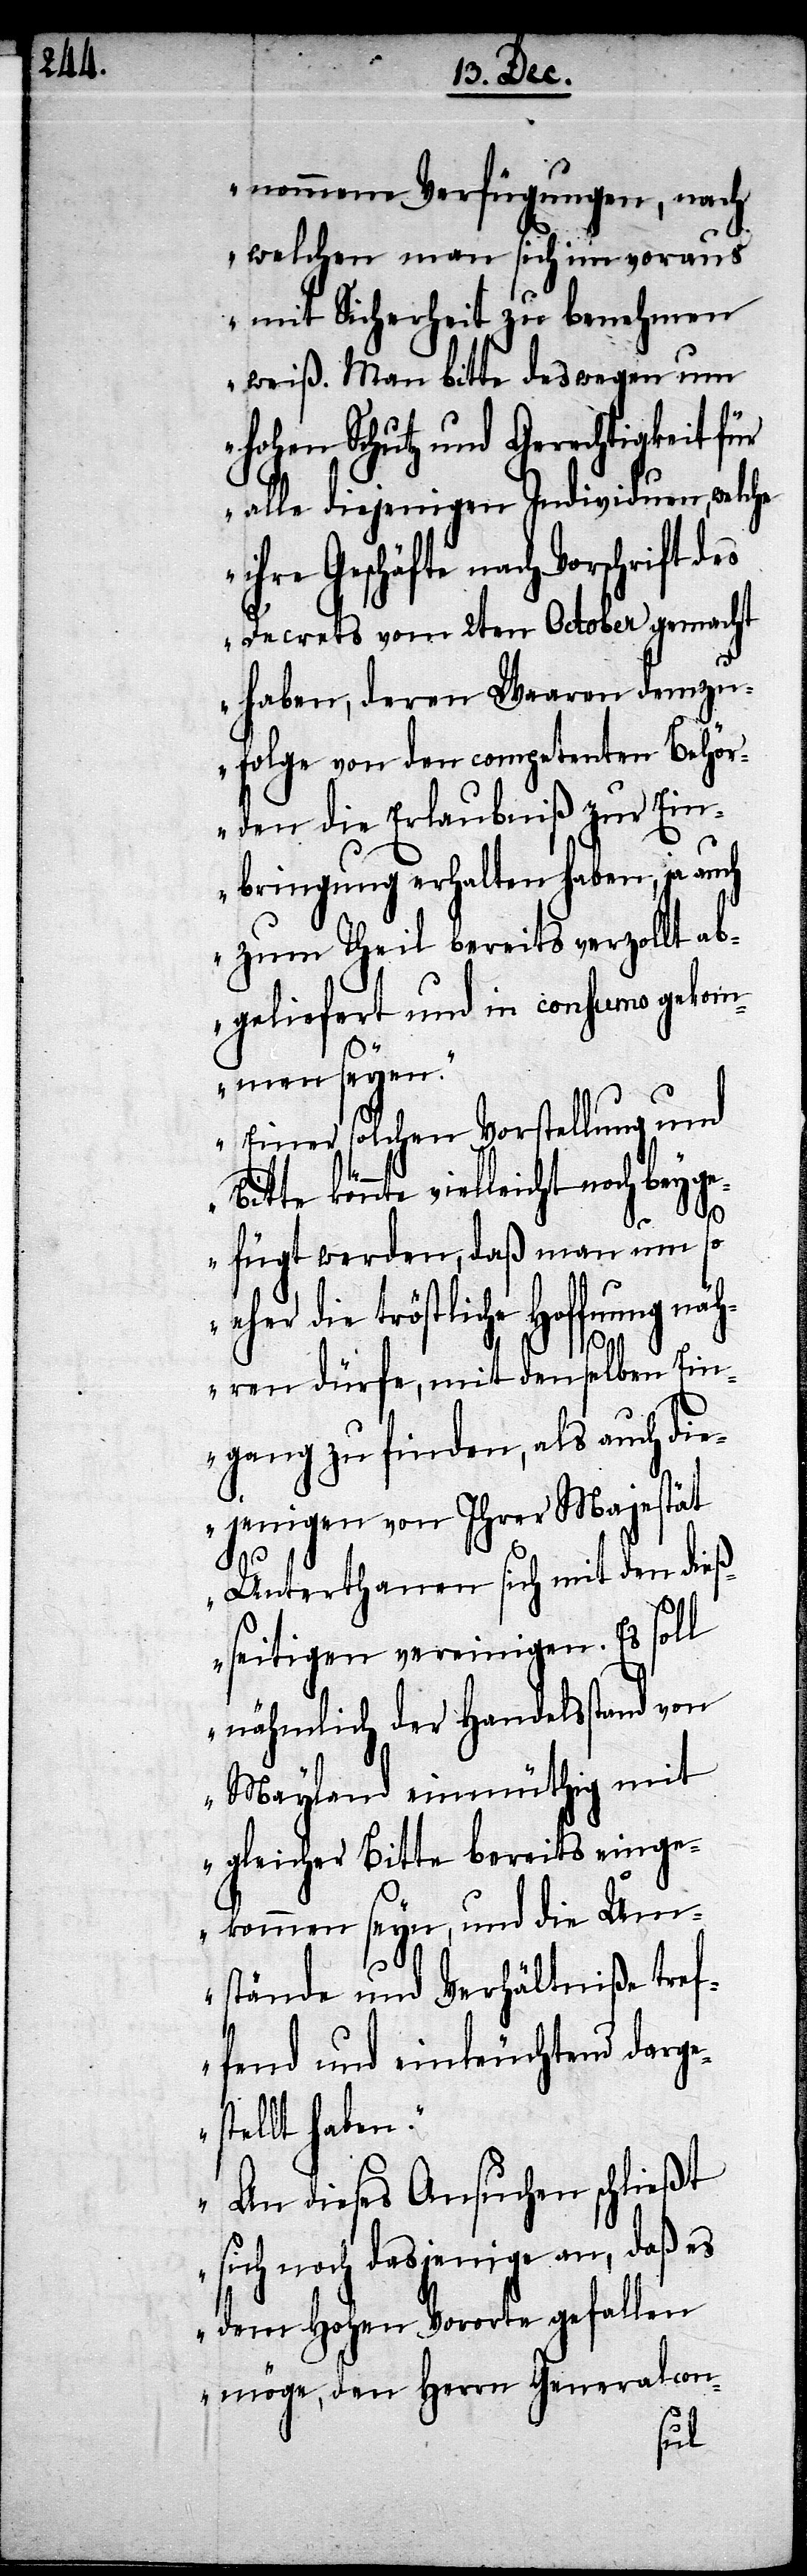
nommene Verfügungen, nach
welchen man sich im voraus
mit Sicherheit zu benehmen
weiß. Man bitte deswegen um
Hohen Schutz und Gerechtigkeit für
alle diejenigen Individuen, welche
Geschäfte nach Vorschrift d¬
es Decrets vom 2ten October gemacht
haben, deren Waaren demzu¬
folge von den competenten Behör¬
den die Erlaubniß zur Ein¬
bringung erhalten haben, ja auch
zum Theil bereits verzollt ab¬
geliefert und in consumo gekom¬
men seyen.
Einer solchen Vorstellung und
könnte vielleicht noch beyg¬
efügt werden, daß man um so
eher die tröstliche Hoffnung näh¬
ren dürfe, mit denselben Ein¬
gang zu finden, als auch die¬
jenigen von Ihrer Majestät
Unterthanen sich mit den dieß¬
seitigen vereinigen. Es soll
nämlich der Handelsstand von
Mayland einmüthig mit
gleicher Bitte bereits einge¬
kommen seyn, und die Um¬
stände und Verhältniße tref¬
fend und einleuchtend darge¬
stellt haben.
An dieses Ansuchen schließt
sich noch dasjenige an, daß es
dem Hohen Vororte gefallen
möge, den Herrn Generalcon-